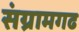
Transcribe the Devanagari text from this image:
संग्रामगढ